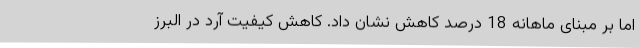
اما بر مبنای ماهانه 18 درصد کاهش نشان داد. کاهش کیفیت آرد در البرز